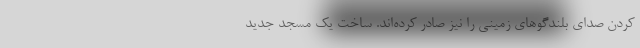
کردن صدای بلندگوهای زمینی را نیز صادر کرده‌اند. ساخت یک مسجد جدید